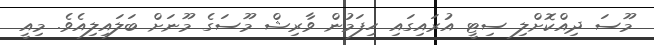
މޫސަ ދިއްކޮށްލި ސިޓީ އުރައިގައި ހިފަމުން ވާރިޝް މޫސަގެ މޫނަށް ބަލައިލިއެވެ. މިއީ